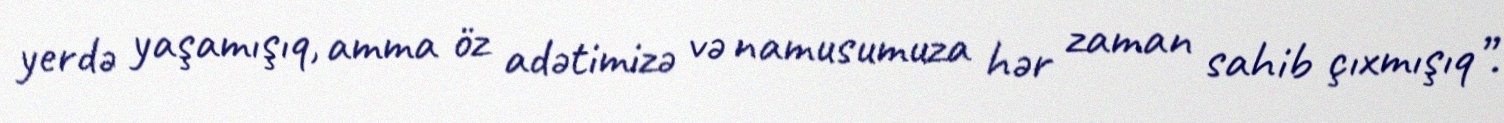
yerdə yaşamışıq, amma öz adətimizə və namusumuza hər zaman sahib çıxmışıq”.